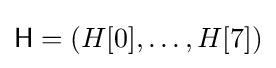
{\textsf {H}}=(H[0],\ldots ,H[7])